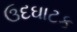
ઉદઘાટક